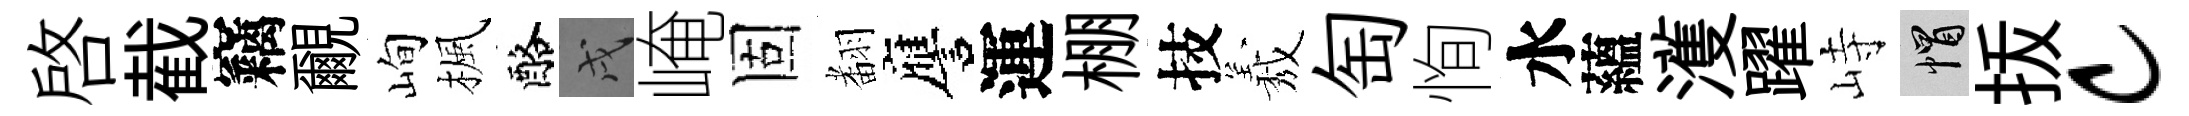
啓截竊覼峋楓酪戌崦固𮋒譍運棚技𦏁匋恂水蘊濩躍峙帽㧞c